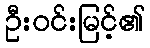
ဦးဝင်းမြင့်၏